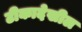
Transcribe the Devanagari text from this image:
टीकादेखील